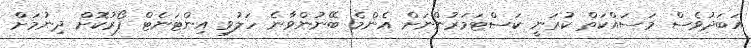
އަބަދުވެސް މަސައްކަތް ކުރަނީ ކަސްޓަމަރުންނަށް އެންމެ ބޭނުންވާނެ ހަލުވި އިންޓަނެޓް ފޯރުކޮށް ދިނުމަށް